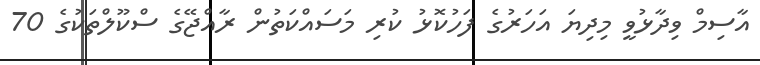
އާސިމް ވިދާޅުވީ މިދިޔަ އަހަރުގެ ފަހުކޮޅު ކުރި މަސައްކަތުން ރާއްޖޭގެ ސްކޫލްތަކުގެ 70